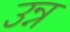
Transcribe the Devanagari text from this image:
उन्न